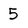
Character: 5